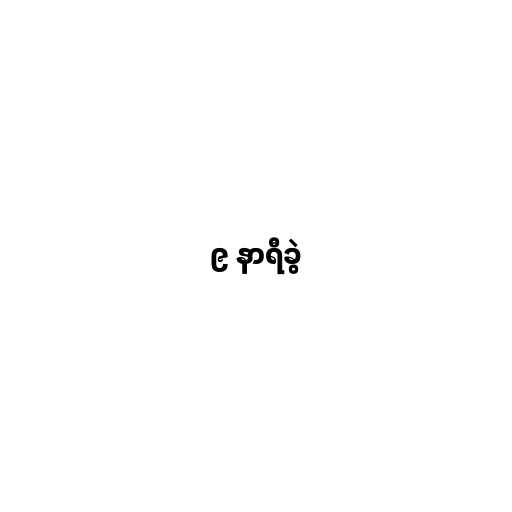
၉ နာရီခွဲ